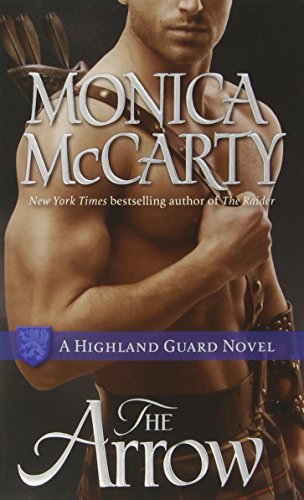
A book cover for The Arrow: A Highland Guard Novel; Monica McCarty; Romance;